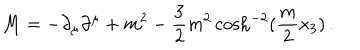
LaTeX: M = - \partial _ { \mu } \partial ^ { \mu } + m ^ { 2 } - \frac { 3 } { 2 } m ^ { 2 } \cosh ^ { - 2 } ( \frac { m } { 2 } x _ { 3 } ) \, .